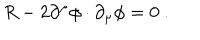
LaTeX: R - 2 \partial ^ { \mu } \phi \cdot \partial _ { \mu } \phi = 0 \ .